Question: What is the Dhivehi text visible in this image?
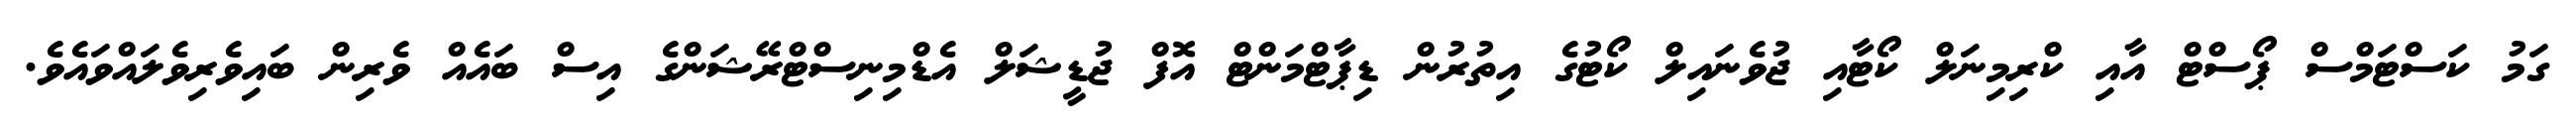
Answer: ގަމު ކަސްޓަމްސް ޕޯސްޓް އާއި ކްރިމިނަލް ކޯޓާއި ޖުވެނައިލް ކޯޓުގެ އިތުރުން ޑިޕާޓްމަންޓް އޮފް ޖުޑީޝަލް އެޑްމިނިސްޓްރޭޝަންގެ އިސް ބައެއް ވެރިން ބައިވެރިވެލައްވައެވެ.